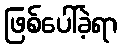
ဖြစ်ပေါ်ခဲ့ရာ